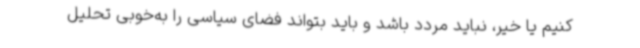
کنیم یا خیر، نباید مردد باشد و باید بتواند فضای سیاسی را به‌خوبی تحلیل